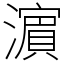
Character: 濵